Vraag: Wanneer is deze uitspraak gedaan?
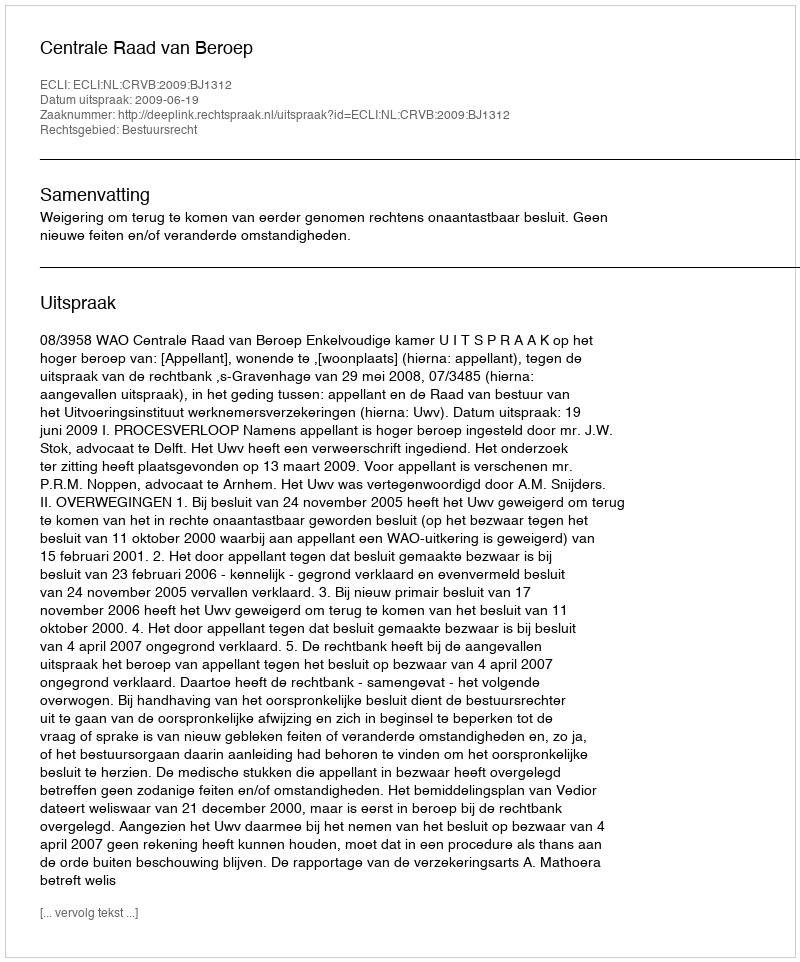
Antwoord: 2009-06-19